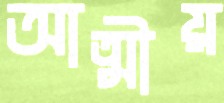
আত্মীয়